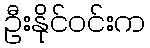
ဦးနိုင်ဝင်းက